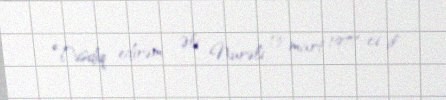
Təsdiq edirəm: Əli Nurəli, 13 mart 1977-ci il